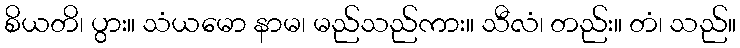
စိယတိ၊ ပွား။ သံယမော နာမ၊ မည်သည်ကား။ သီလံ၊ တည်း။ တံ၊ သည်။